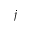
j